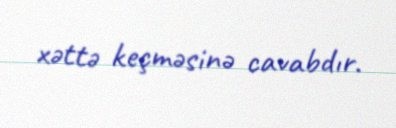
xəttə keçməsinə cavabdır.